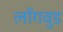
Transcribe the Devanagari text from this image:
लाँगवुड